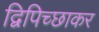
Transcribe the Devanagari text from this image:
द्विपिच्छाकर